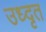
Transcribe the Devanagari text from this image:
उध्दृत